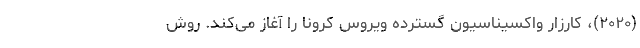
(۲۰۲۰)، کارزار واکسیناسیون گسترده ویروس کرونا را آغاز می‌کند. روش